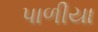
પાળીયા